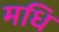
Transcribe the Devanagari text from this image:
मधि